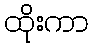
ထိုးကာ